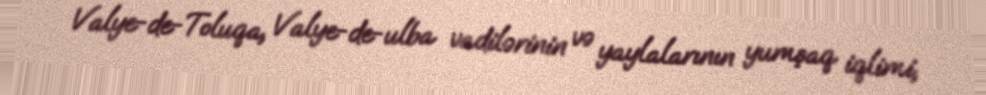
Valye-de-Toluqa, Valye-de-ulba vadilərinin və yaylalarının yumşaq iqlimi,